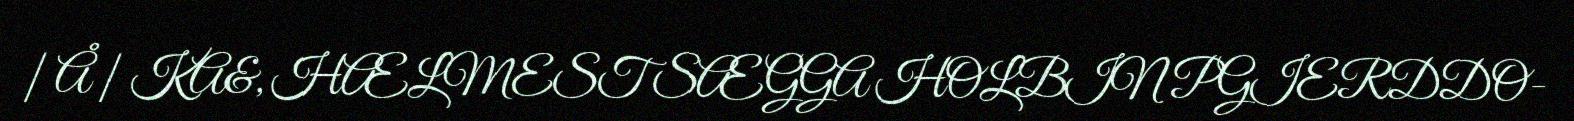
| Å | KA&, HÆLMEST SÆGGA HOLBIN PGIERDDO-